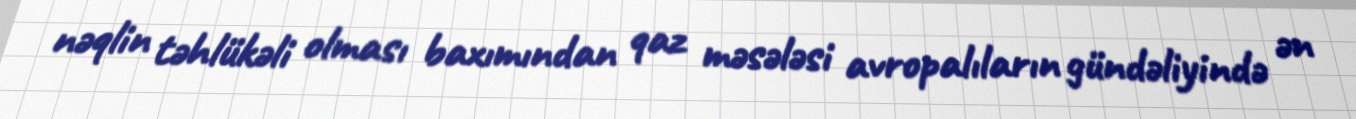
nəqlin təhlükəli olması baxımından qaz məsələsi avropalıların gündəliyində ən